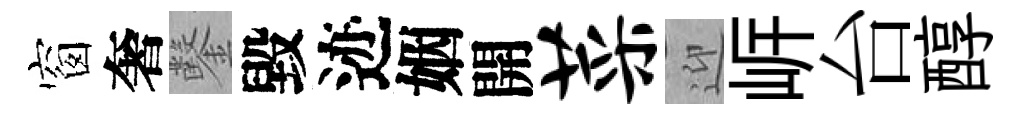
窗奢鑿毀迹姻開菜迎㟁台醇